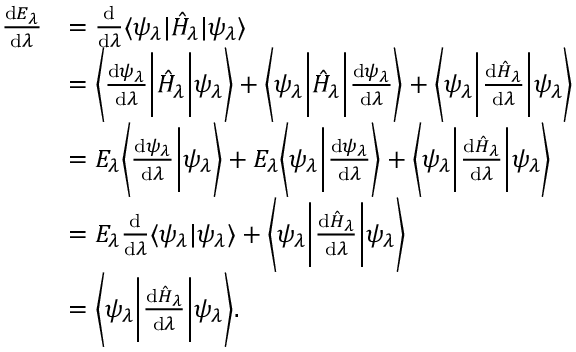
{ \begin{array} { r l } { { \frac { \mathrm { d } E _ { \lambda } } { \mathrm { d } \lambda } } } & { = { \frac { \mathrm { d } } { \mathrm { d } \lambda } } \langle \psi _ { \lambda } | { \hat { H } } _ { \lambda } | \psi _ { \lambda } \rangle } \\ & { = { \bigg \langle } { \frac { \mathrm { d } \psi _ { \lambda } } { \mathrm { d } \lambda } } { \bigg | } { \hat { H } } _ { \lambda } { \bigg | } \psi _ { \lambda } { \bigg \rangle } + { \bigg \langle } \psi _ { \lambda } { \bigg | } { \hat { H } } _ { \lambda } { \bigg | } { \frac { \mathrm { d } \psi _ { \lambda } } { \mathrm { d } \lambda } } { \bigg \rangle } + { \bigg \langle } \psi _ { \lambda } { \bigg | } { \frac { \mathrm { d } { \hat { H } } _ { \lambda } } { \mathrm { d } \lambda } } { \bigg | } \psi _ { \lambda } { \bigg \rangle } } \\ & { = E _ { \lambda } { \bigg \langle } { \frac { \mathrm { d } \psi _ { \lambda } } { \mathrm { d } \lambda } } { \bigg | } \psi _ { \lambda } { \bigg \rangle } + E _ { \lambda } { \bigg \langle } \psi _ { \lambda } { \bigg | } { \frac { \mathrm { d } \psi _ { \lambda } } { \mathrm { d } \lambda } } { \bigg \rangle } + { \bigg \langle } \psi _ { \lambda } { \bigg | } { \frac { \mathrm { d } { \hat { H } } _ { \lambda } } { \mathrm { d } \lambda } } { \bigg | } \psi _ { \lambda } { \bigg \rangle } } \\ & { = E _ { \lambda } { \frac { \mathrm { d } } { \mathrm { d } \lambda } } \langle \psi _ { \lambda } | \psi _ { \lambda } \rangle + { \bigg \langle } \psi _ { \lambda } { \bigg | } { \frac { \mathrm { d } { \hat { H } } _ { \lambda } } { \mathrm { d } \lambda } } { \bigg | } \psi _ { \lambda } { \bigg \rangle } } \\ & { = { \bigg \langle } \psi _ { \lambda } { \bigg | } { \frac { \mathrm { d } { \hat { H } } _ { \lambda } } { \mathrm { d } \lambda } } { \bigg | } \psi _ { \lambda } { \bigg \rangle } . } \end{array} }